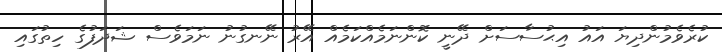
ކުރެވެމުންދިޔަ އައު އިޙުސާސަށް ދޭނީ ކޮންނަމެއްކަމެއް އޭރު ނޭނގުނު ނަމަވެސް ޝަދަފުގެ ހިތުގައި